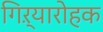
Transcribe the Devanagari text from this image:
गिऱ्यारोहक